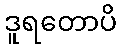
ဒူရတောပိ